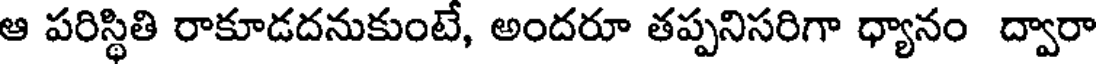
ఆ పరిస్థితి రాకూడదనుకుంటే, అందరూ తప్పనిసరిగా ధ్యానం ద్వారా